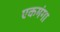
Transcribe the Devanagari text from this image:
एकमंगा